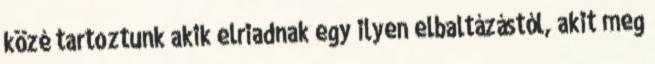
közé tartoztunk akik elriadnak egy ilyen elbaltázástól, akit meg